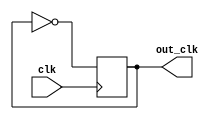
module clockdivider(out_clk, clk);
    output reg out_clk;
	 input clk;
	 always @(posedge clk)
	     out_clk <= ~out_clk;
endmodule

module assign_clock(clk, imem_clock, dmem_clock, processor_clock, regfile_clock);
    output imem_clock, dmem_clock, processor_clock, regfile_clock;
	 input clk;
	 
	 wire clk1;
	 
	 clockdivider clkd(clk1, clk);
	 
	 assign imem_clock = clk;///
	 assign dmem_clock = clk;
	 assign processor_clock = clk1;
	 assign regfile_clock = clk1;
	 
endmodule